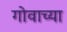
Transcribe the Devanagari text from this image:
गोवाच्या